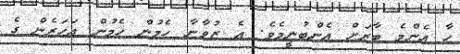
ހާ އެންމެ ބާރަށް އެންބުނީމެވެ. އެ ޒުވާނާ ހެމުން ހެމުން އަހަރެން ގެ